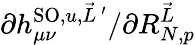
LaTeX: \partial h_{\mu\nu}^{\textrm{SO},u,\vec{L}\, ^{\prime}}/\partial R_{N,p}^{\vec{L}}